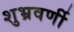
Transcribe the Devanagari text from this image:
शुभ्रवर्णी